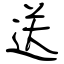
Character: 送